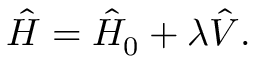
{ \hat { H } } = { \hat { H } } _ { 0 } + \lambda { \hat { V } } .